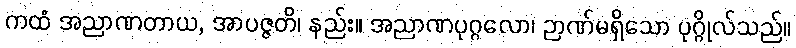
ကထံ အညာဏတာယ, အာပဇ္ဇတိ၊ နည်း။ အညာဏပုဂ္ဂလော၊ ဉာဏ်မရှိသော ပုဂ္ဂိုလ်သည်။